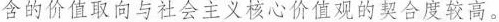
含的价值取向与社会主义核心价值观的契合度较高。